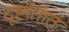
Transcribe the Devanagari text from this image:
दृष्टांतात